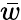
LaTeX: \bar{w}